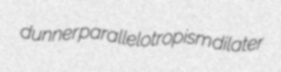
dunner parallelotropism dilater